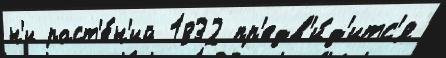
н'и раст'е́н'ий 1832 пр'едв'и́д'итс'я